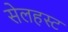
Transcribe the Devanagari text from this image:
सेलहस्ट